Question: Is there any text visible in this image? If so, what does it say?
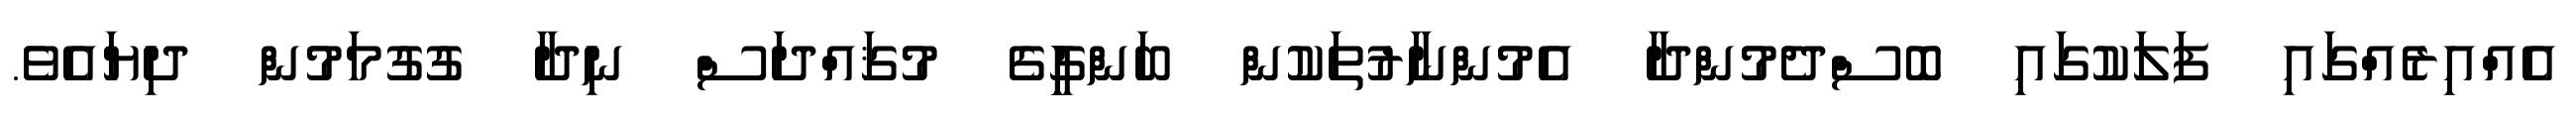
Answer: އެއްއިރެއްގައި ފަލަކުގައި ބޮސްދެމުންދާ އެމުންނާރުތަކުން ބަންގިިިީގެ މުޤައްދަސް ނިދާ ގުގުމަމުން ދިޔައެވެ.